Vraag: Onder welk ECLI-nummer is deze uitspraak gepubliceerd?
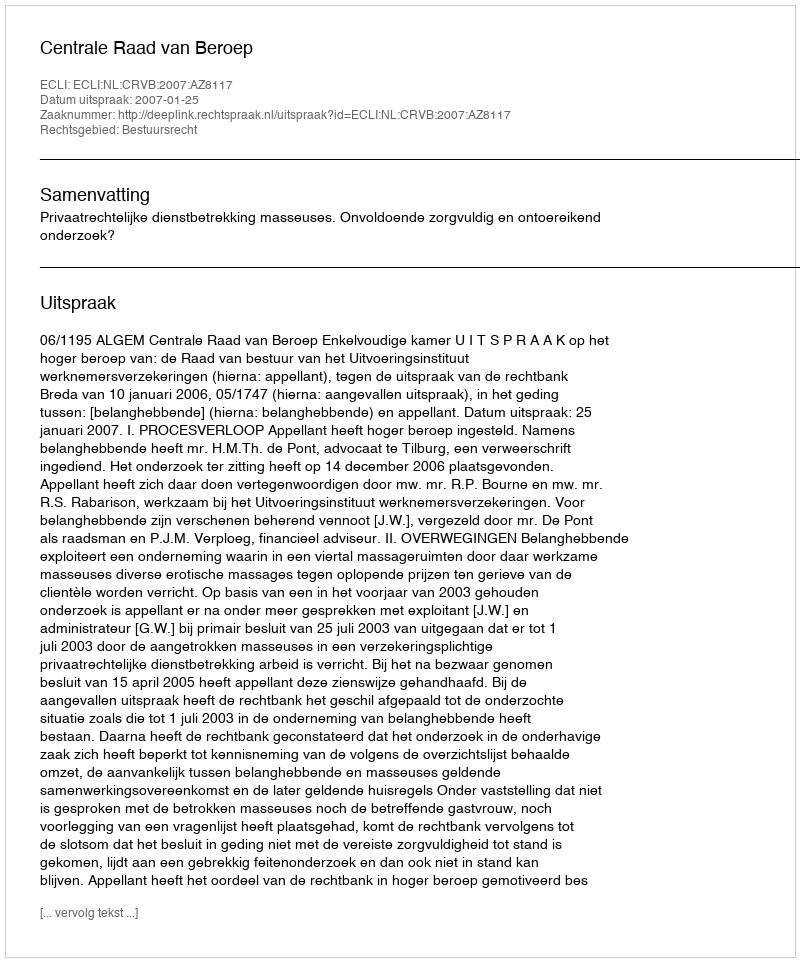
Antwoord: ECLI:NL:CRVB:2007:AZ8117